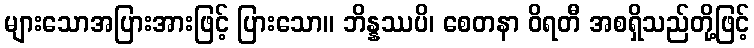
များသောအပြားအားဖြင့် ပြားသော။ ဘိန္နဿပိ၊ စေတနာ ဝိရတီ အစရှိသည်တို့ဖြင့်